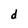
Character: d